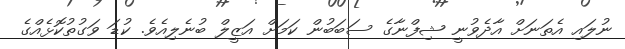
ނުލައި އެތަނަށް އާާދެވުނީ ޝިފްނާގެ ސަބަބުން ކަމަށް އަޒީލް ބުނެލިއެވެ. ކުޑަ ވަގުތުކޮޅެެއްގެ